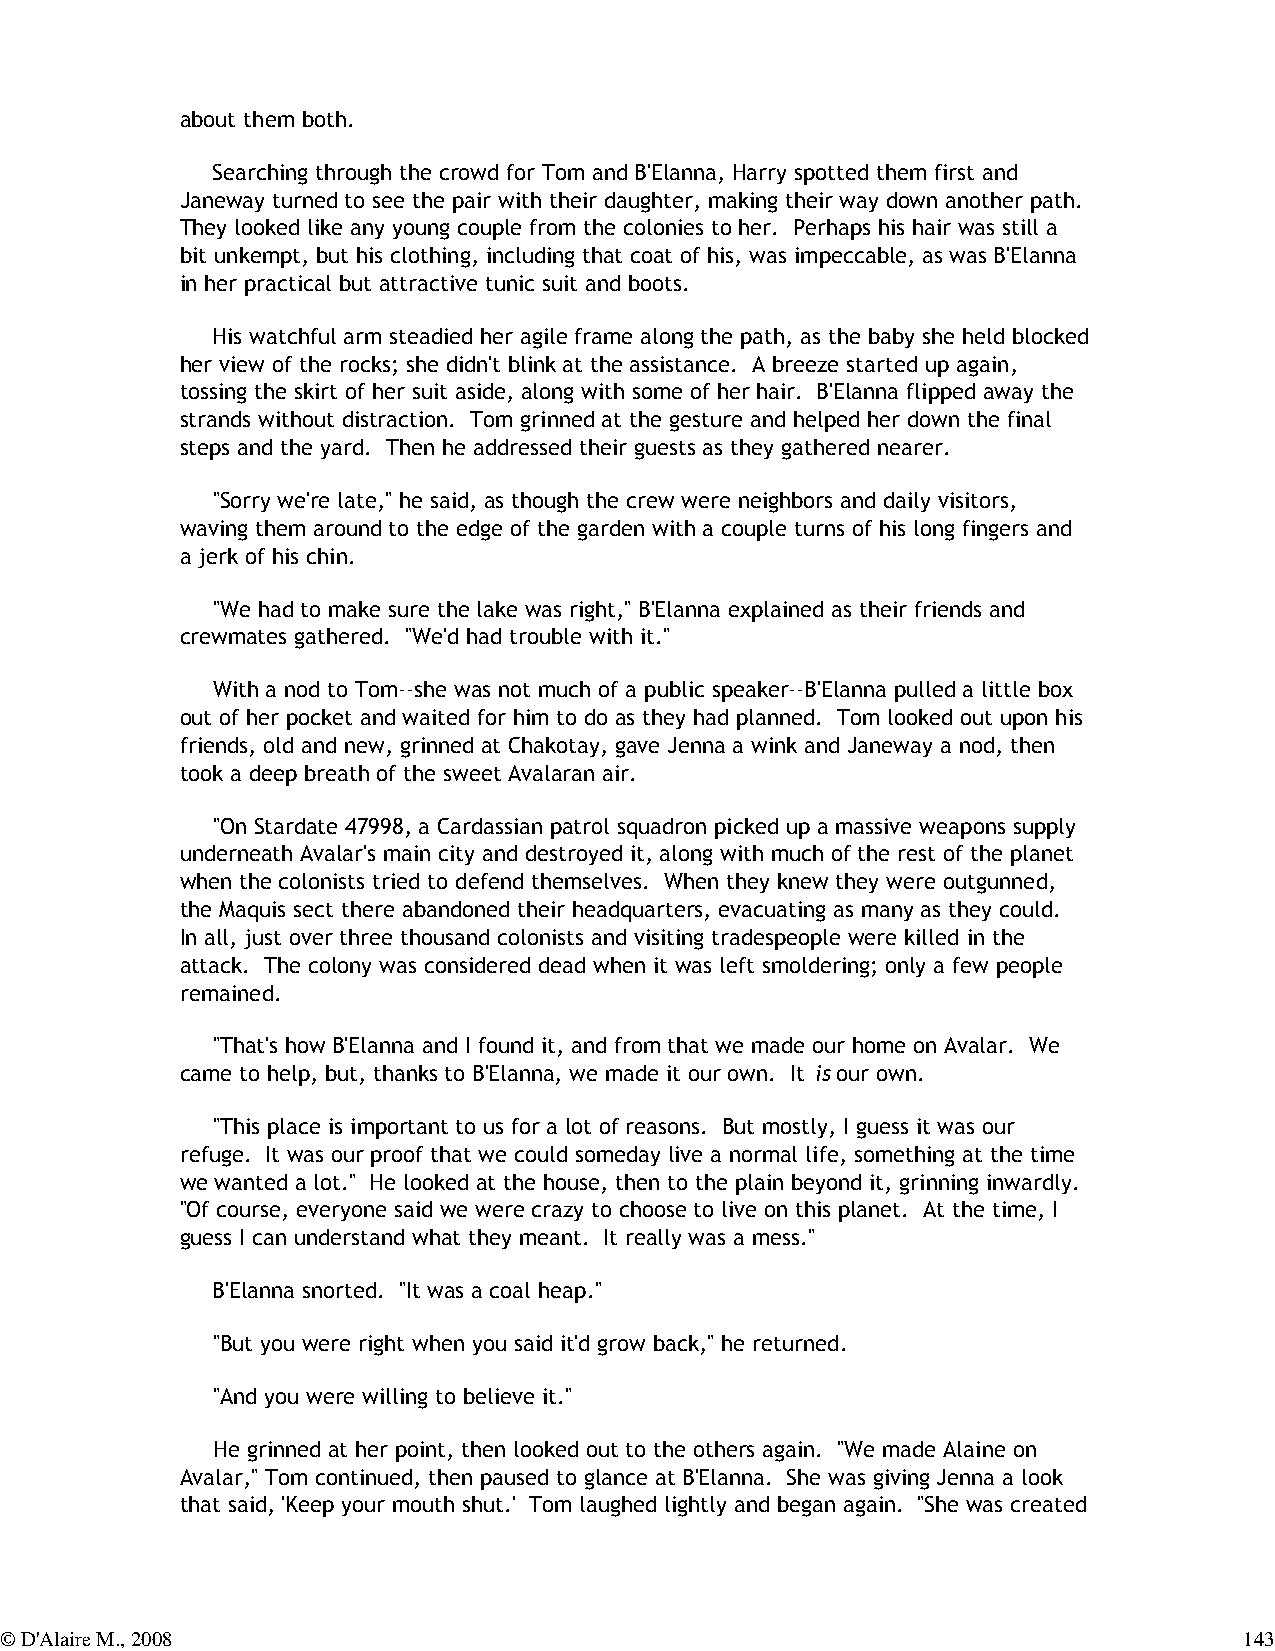
about them both.
 Searching through the crowd for Tom and B'Elanna, Harry spotted them first and
 Janeway turned to see the pair with their daughter, making their way down another path.
 They looked like any young couple from the colonies to her. Perhaps his hair was still a
 bit unkempt, but his clothing, including that coat of his, was impeccable, as was B'Elanna
 in her practical but attractive tunic suit and boots.
 His watchful arm steadied her agile frame along the path, as the baby she held blocked
 her view of the rocks; she didn't blink at the assistance. A breeze started up again,
 tossing the skirt of her suit aside, along with some of her hair. B'Elanna flipped away the
 strands without distraction. Tom grinned at the gesture and helped her down the final
 steps and the yard. Then he addressed their guests as they gathered nearer.
 "Sorry we're late," he said, as though the crew were neighbors and daily visitors,
 waving them around to the edge of the garden with a couple turns of his long fingers and
 a jerk of his chin.
 "We had to make sure the lake was right," B'Elanna explained as their friends and
 crewmates gathered. "We'd had trouble with it."
 With a nod to Tom--she was not much of a public speaker--B'Elanna pulled a little box
 out of her pocket and waited for him to do as they had planned. Tom looked out upon his
 friends, old and new, grinned at Chakotay, gave Jenna a wink and Janeway a nod, then
 took a deep breath of the sweet Avalaran air.
 "On Stardate 47998, a Cardassian patrol squadron picked up a massive weapons supply
 underneath Avalar's main city and destroyed it, along with much of the rest of the planet
 when the colonists tried to defend themselves. When they knew they were outgunned,
 the Maquis sect there abandoned their headquarters, evacuating as many as they could.
 In all, just over three thousand colonists and visiting tradespeople were killed in the
 attack. The colony was considered dead when it was left smoldering; only a few people
 remained.
 "That's how B'Elanna and I found it, and from that we made our home on Avalar. We
 came to help, but, thanks to B'Elanna, we made it our own. It is our own.
 "This place is important to us for a lot of reasons. But mostly, I guess it was our
 refuge. It was our proof that we could someday live a normal life, something at the time
 we wanted a lot." He looked at the house, then to the plain beyond it, grinning inwardly.
 "Of course, everyone said we were crazy to choose to live on this planet. At the time, I
 guess I can understand what they meant. It really was a mess."
 B'Elanna snorted. "It was a coal heap."
 "But you were right when you said it'd grow back," he returned.
 "And you were willing to believe it."
 He grinned at her point, then looked out to the others again. "We made Alaine on
 Avalar," Tom continued, then paused to glance at B'Elanna. She was giving Jenna a look
 that said, 'Keep your mouth shut.' Tom laughed lightly and began again. "She was created
 © D'Alaire M., 2008                                                               143